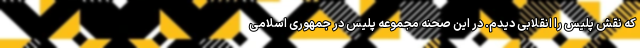
که نقش پلیس را انقلابی دیدم. در این صحنه مجموعه پلیس در جمهوری اسلامی